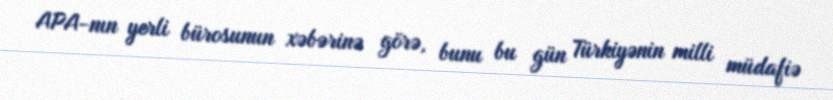
APA-nın yerli bürosunun xəbərinə görə, bunu bu gün Türkiyənin milli müdafiə